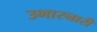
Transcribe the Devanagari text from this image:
उभारनारी